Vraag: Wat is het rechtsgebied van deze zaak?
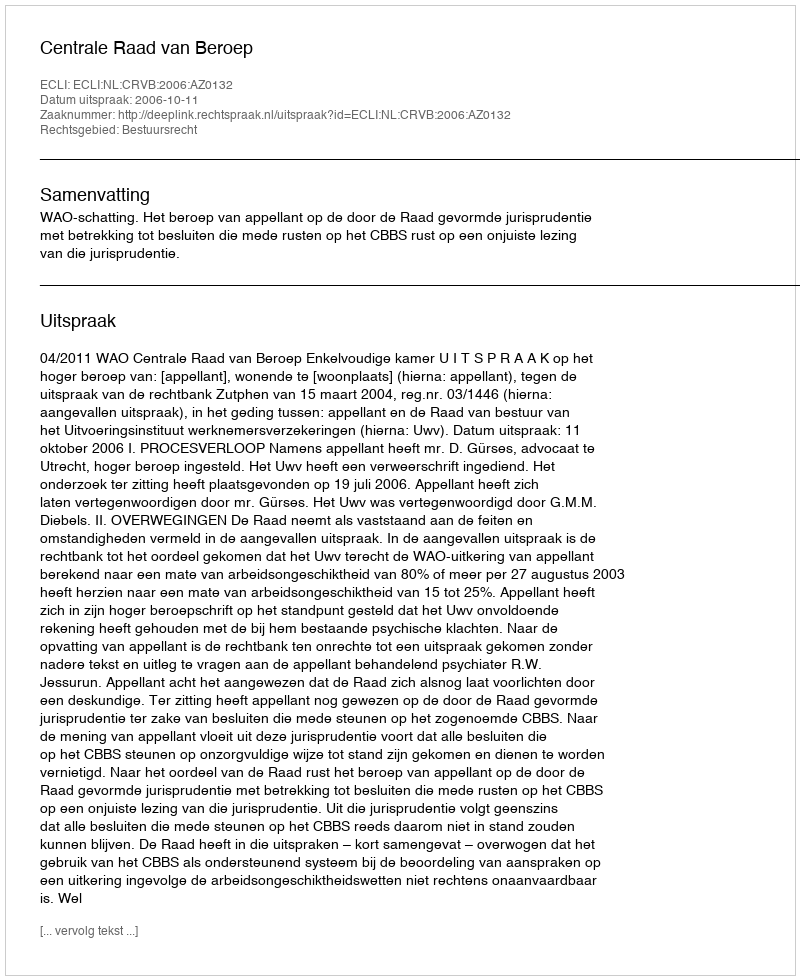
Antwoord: Bestuursrecht